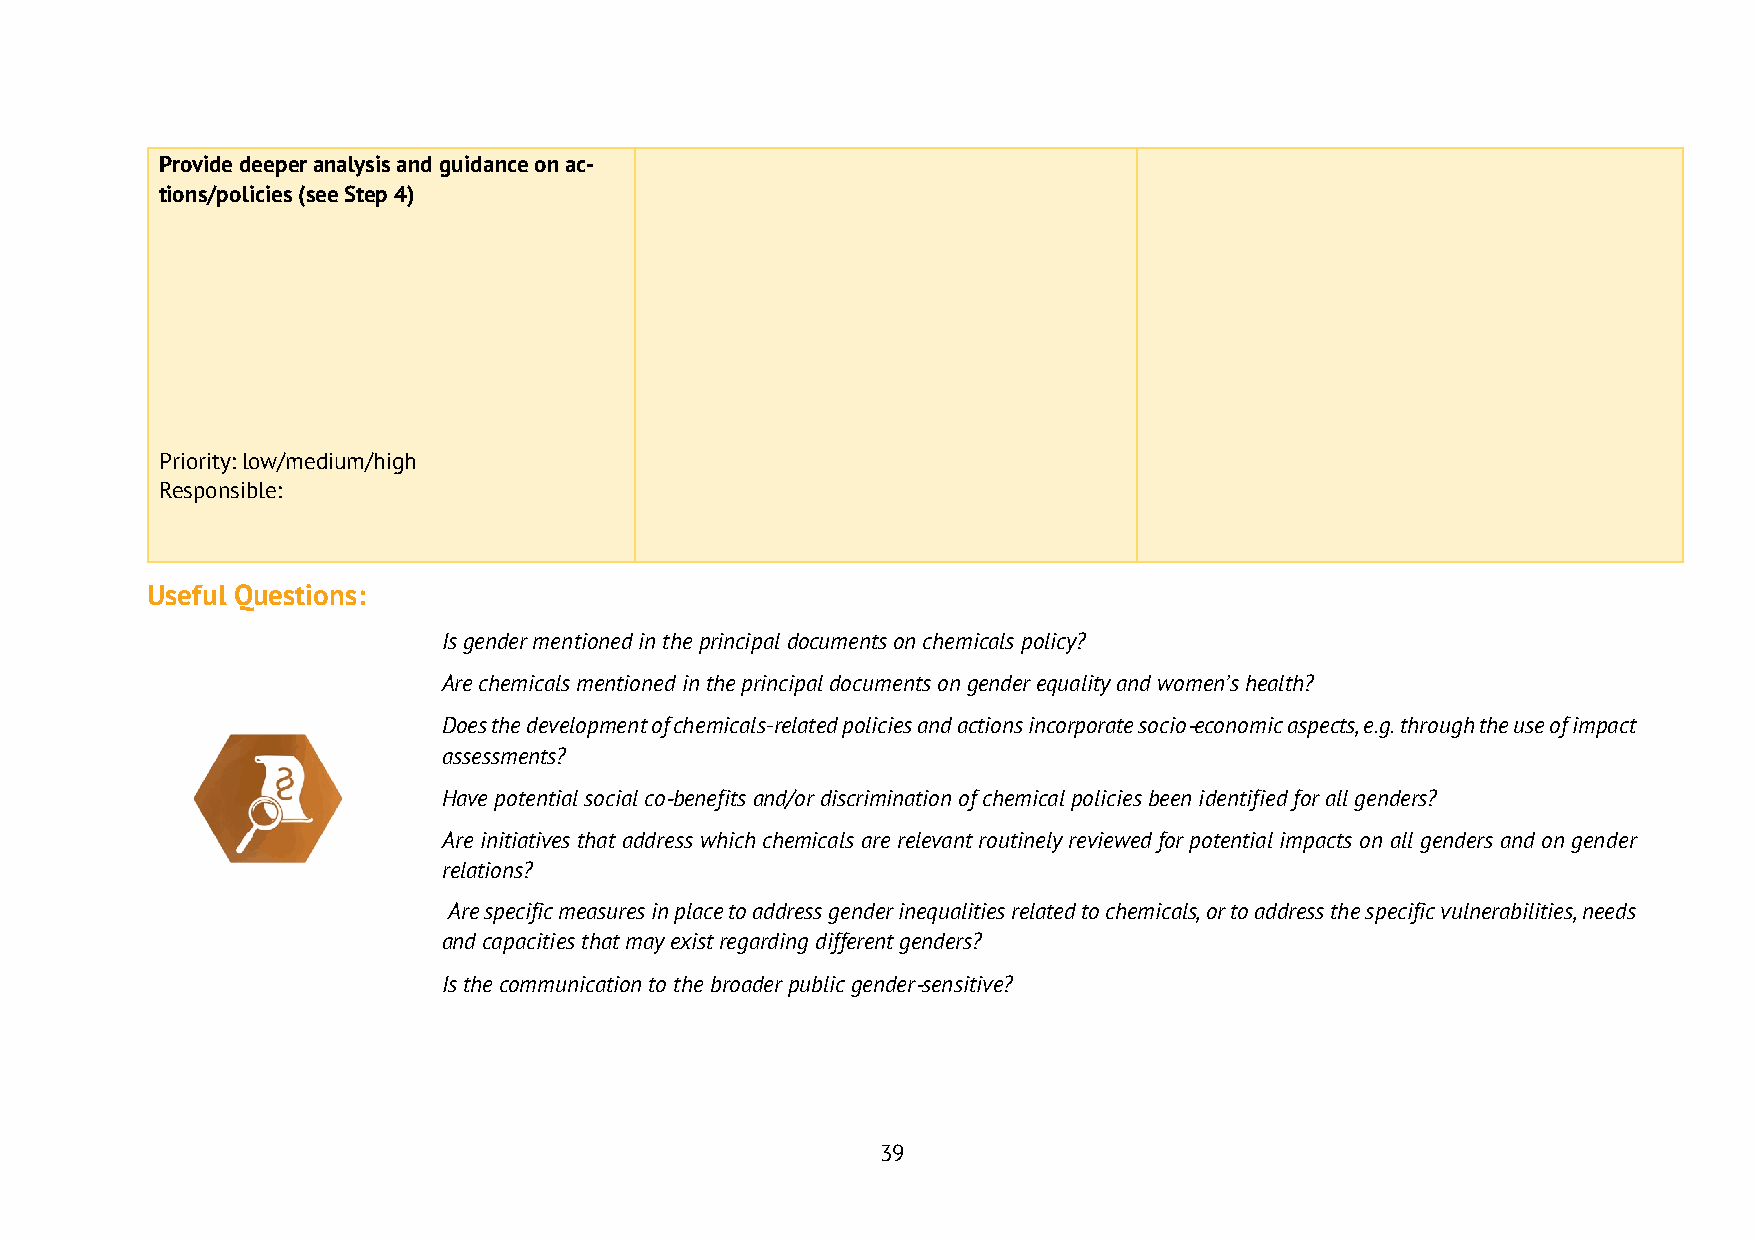
Provide deeper analysis and guidance on ac-
 tions/policies (see Step 4)
 Priority: low/medium/high
 Responsible:
 Useful Questions:
 Is gender mentioned in the principal documents on chemicals policy?
 Are chemicals mentioned in the principal documents on gender equality and women’s health?
 Does the development of chemicals-related policies and actions incorporate socio-economic aspects, e.g. through the use of impact
 assessments?
 Have potential social co-benefits and/or discrimination of chemical policies been identified for all genders?
 Are initiatives that address which chemicals are relevant routinely reviewed for potential impacts on all genders and on gender
 relations?
 Are specific measures in place to address gender inequalities related to chemicals, or to address the specific vulnerabilities, needs
 and capacities that may exist regarding different genders?
 Is the communication to the broader public gender-sensitive?
 39